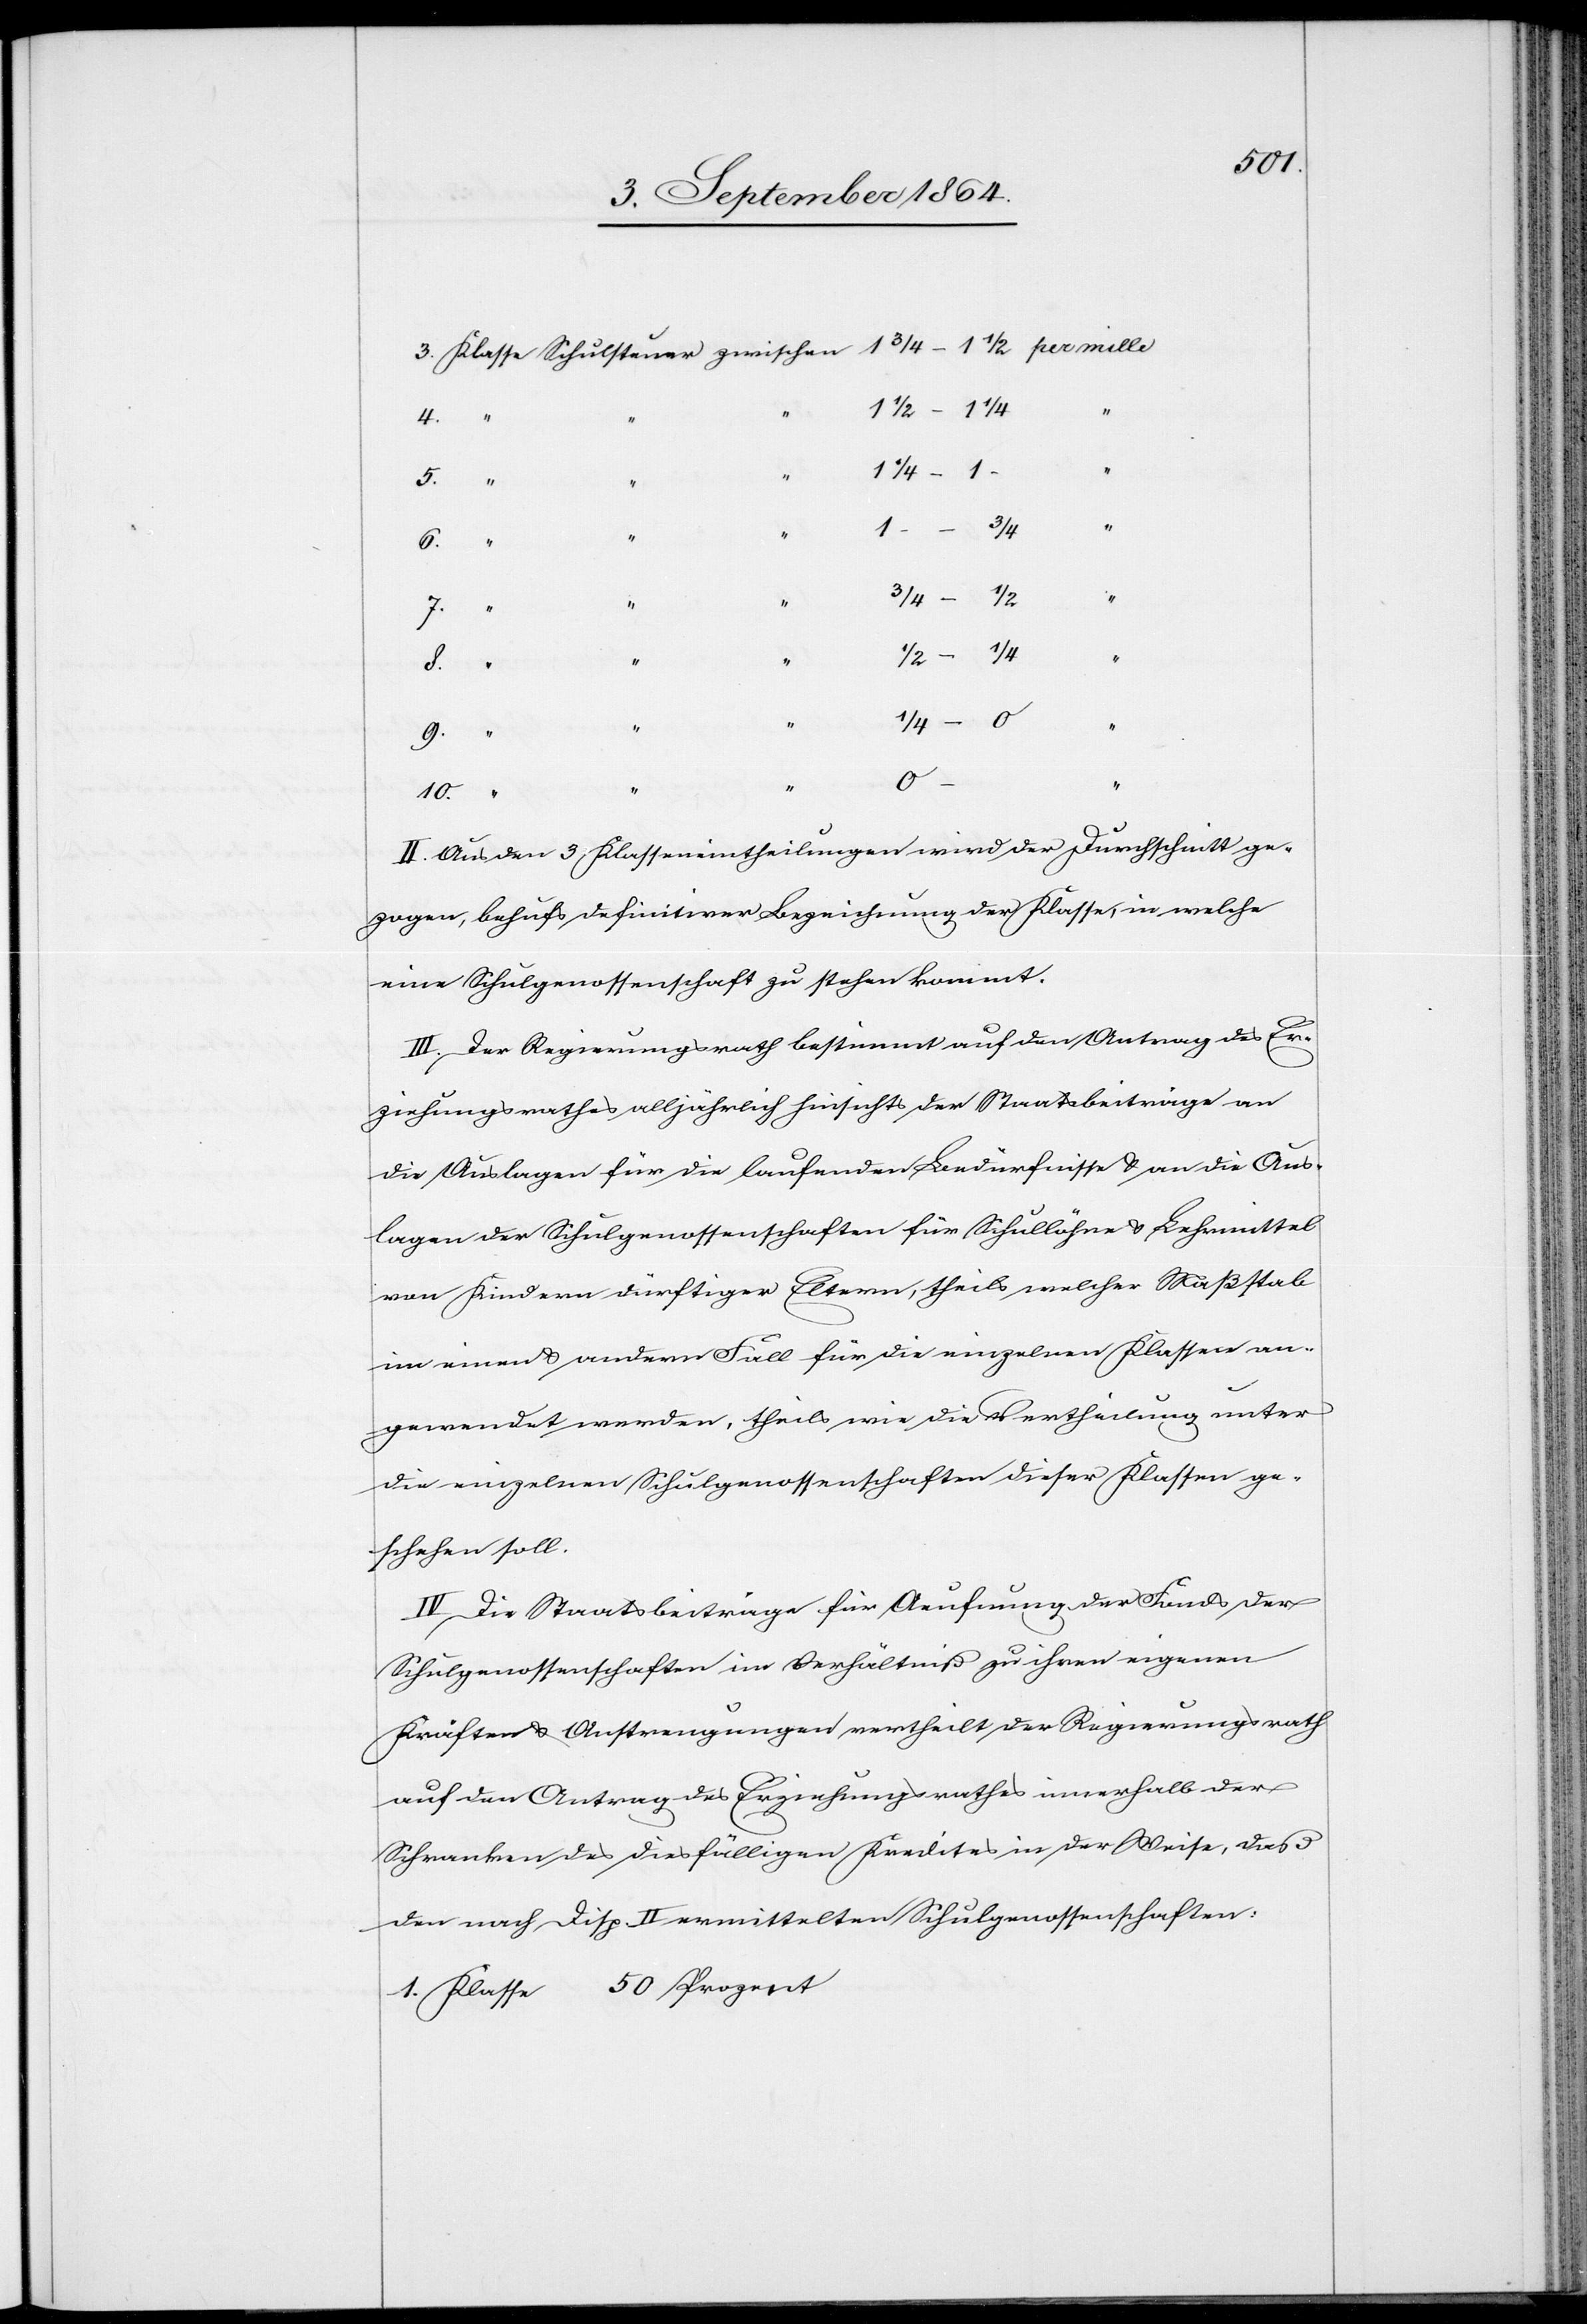
1/2 – 1/4
Prozent
4.
1/4 –
1 -
3/4
6.
3/4 – 1/2
“
8.
1.
“
9.
0
10.
II. Aus den 3 Klasseneintheilungen wird der Durchschnitt ge¬
zogen, behufs definitiver Bezeichnung der Klasse, in welche
eine Schulgenossenschaft zu stehen kommt.
III. Der Regierungsrath bestimmt auf den Antrag des Er¬
ziehungsrathes alljährlich hinsichts der Staatsbeiträge an
die Auslagen für die laufenden Bedürfnisse & an die Aus¬
lagen der Schulgenossenschaften für Schullöhne & Lehrmittel
von Kindern dürftiger Eltern, theils welcher Maßstab
in einem & andern Fall für die einzelnen Klassen an¬
gewendet werden, theils wie die Vertheilung unter
die einzelnen Schulgenossenschaften dieser Klassen ge¬
schehen soll.
IV. Die Staatsbeiträge für Aeufnung der Fonds der
Schulgenossenschaften im Verhältniß zu ihren eigenen
Kräften & Anstrengungen vertheilt der Regierungsrath
auf den Antrag des Erziehungsrathes innerhalb der
Schranken des diesfälligen Kredites in der Weise, daß
den nach Disp. II ermittelten Schulgenossenschaften: